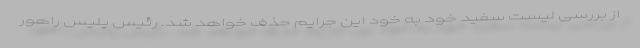
از بررسی لیست سفید خود به خود این جرایم حذف خواهد شد. رئیس پلیس راهور